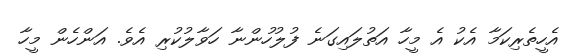
އެހީތެރިކަމާ އެކު އެ މީހާ އަތުލައިގަނެ ފުލުހުންނާ ހަވާލުކުރި އެވެ. އަންހެން މީހާ